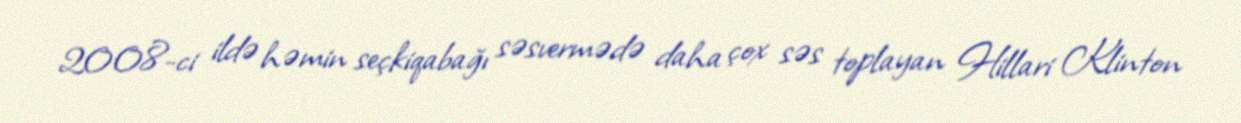
2008-ci ildə həmin seçkiqabağı səsvermədə daha çox səs toplayan Hillari Klinton